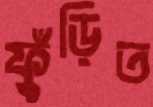
ফুঁড়িত